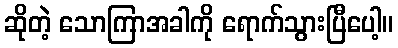
ဆိုတဲ့ သောကြာအခါကို ရောက်သွားပြီပေါ့။